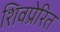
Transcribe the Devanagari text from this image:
शिवप्रेरित